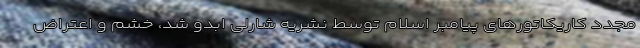
مجدد کاریکاتورهای پیامبر اسلام توسط نشریه شارلی ابدو شد، خشم و اعتراض